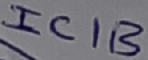
Text: IC1B